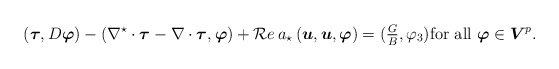
\begin{align*}\left(\boldsymbol\tau,D \boldsymbol\varphi\right) -\left(\nabla^\star\cdot \boldsymbol\tau-\nabla\cdot \boldsymbol\tau,\boldsymbol\varphi\right)+{\cal R}e\,a_\star\left(\boldsymbol u, \boldsymbol u,\boldsymbol\varphi\right)=(\tfrac{G}{B},\varphi_3)\mbox{for all} \ \boldsymbol\varphi\in \boldsymbol V^p.\end{align*}